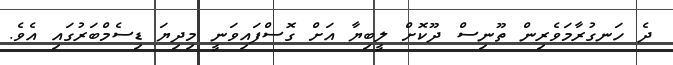
ދެ ހަނގުރާމަވެރިން ތޫނިސް ދޫކޮށް ލީބިޔާ އަށް ގޮސްފައިވަނީ މިދިޔަ ޑިސެމްބަރުގައި އެވެ.